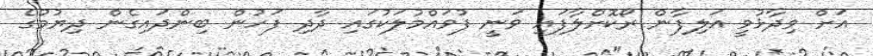
އަށް ވިދާޅުވީ އަލިފާން ރޯކޮށްލާފައި ވަނީ ފުވައްމުލަކުގައި ދާދި ފަހުން ބިންދައިގެން ދިޔުމުގެ